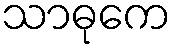
သာဓုကေ